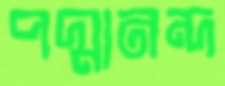
পদ্মানন্দ